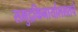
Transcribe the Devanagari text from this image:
समुद्रकिनार्यालगतचे